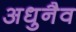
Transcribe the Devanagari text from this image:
अधुनैव